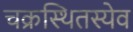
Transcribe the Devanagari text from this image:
चक्रस्थितस्येव